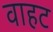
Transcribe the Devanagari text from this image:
वाहट